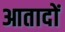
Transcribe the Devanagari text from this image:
आतादों